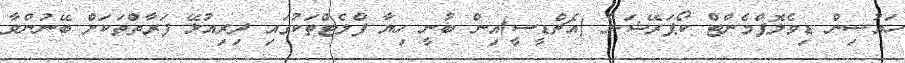
ހައުސިން ޑިވެލޮޕްމެންޓް ކޯޕަރޭޝަން (އެޗްޑީސީ)އިން ބުނީ ހިޔާ ފްލެޓްތަކުގައި ދިރިއުޅޭ ފަރާތްތަކަށް ބޭނުންވާ